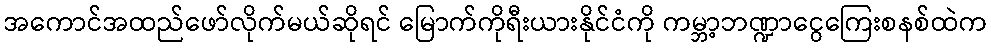
အကောင်အထည်ဖော်လိုက်မယ်ဆိုရင် မြောက်ကိုရီးယားနိုင်ငံကို ကမ္ဘာ့ဘဏ္ဍာငွေကြေးစနစ်ထဲက